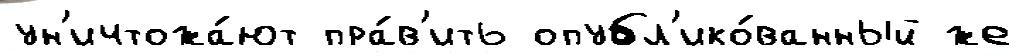
ун'ичтожа́ют пра́в'ить опубл'ико́ванный же